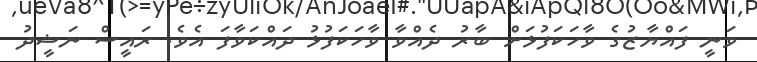
ވަނީ ފައްޔާޒުގެ ވާހަކަފުޅަށް ބާރު ދެއްވާ ވާހަކަފުޅު ދައްކަވާފަ އެވެ. ރައީސް ނަޝީދު